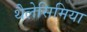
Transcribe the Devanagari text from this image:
थैलेसिमिया